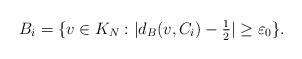
LaTeX: \begin{align*}B_i=\{v\in K_N: |d_B(v,C_i)-\tfrac 12| \geq \varepsilon_0\}.\end{align*}